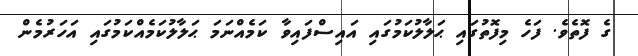
ގެ ފޮތެވެ. ފަހެ މިފޮތުގައި ޙަލާލުކަމުގައި އައިސްފައިވާ ކަމެއްނަމަ ޙަލާލުކަމެއްކަމުގައި އަހަރުމެން